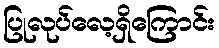
ပြုလုပ်လေ့ရှိကြောင်း